Leaving Certificate Examination (including Day School Certificate (Higher) General paper), 1936
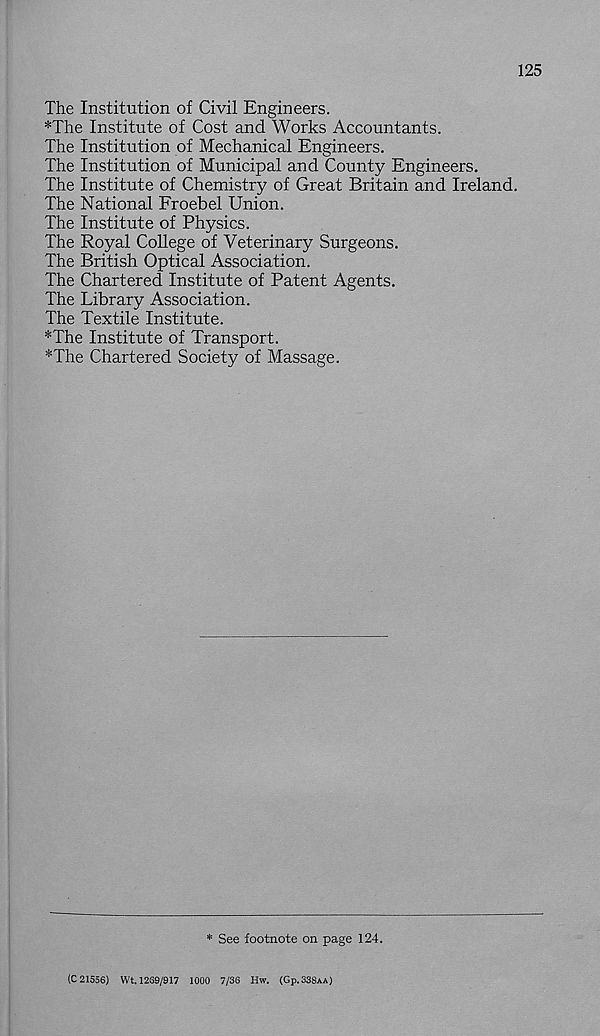
125
The Institution of Civil Engineers.
*The Institute of Cost and Works Accountants.
The Institution of Mechanical Engineers.
The Institution of Municipal and County Engineers.
The Institute of Chemistry of Great Britain and Ireland.
The National Froebel Union.
The Institute of Physics.
The Royal College of Veterinary Surgeons.
The British Optical Association.
The Chartered Institute of Patent Agents.
The Library Association.
The Textile Institute.
*The Institute of Transport.
*The Chartered Society of Massage.
* See footnote on page 124.
(0 21556) Wt. 1269/917 1000 7/36 Hw. (G P .338aa)